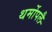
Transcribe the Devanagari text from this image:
थर्मोपलै